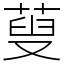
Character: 蓃